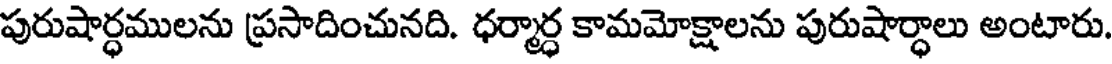
పురుషార్ధములను ప్రసాదించునది. ధర్మార్ధ కామమోక్షాలను పురుషార్ధాలు అంటారు.